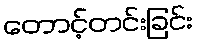
တောင့်တင်းခြင်း